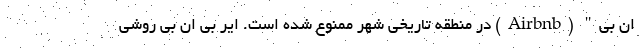
ان بی" (Airbnb) در منطقه تاریخی شهر ممنوع شده است. ایر بی ان بی روشی